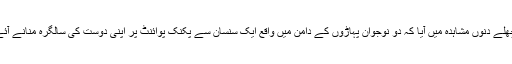
پچھلے دنوں مشاہدہ میں آیا کہ دو نوجوان پہاڑوں کے دامن میں واقع ایک سنسان سے پکنک پوائنٹ پر اپنی دوست کی سالگرہ منانے آئے۔